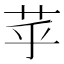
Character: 苸